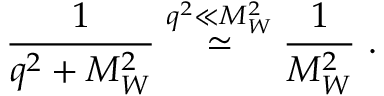
\frac { 1 } { q ^ { 2 } + M _ { W } ^ { 2 } } \stackrel { q ^ { 2 } \ll M _ { W } ^ { 2 } } { \simeq } \frac { 1 } { M _ { W } ^ { 2 } } ~ .